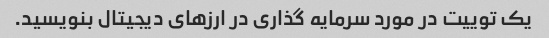
یک توییت در مورد سرمایه گذاری در ارزهای دیجیتال بنویسید.